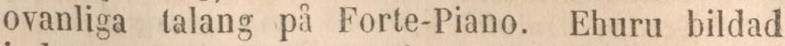
ovanliga talang på Forte-Piano. Ehuru bildad